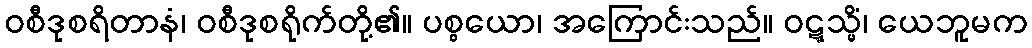
ဝစီဒုစရိတာနံ၊ ဝစီဒုစရိုက်တို့၏။ ပစ္စယော၊ အကြောင်းသည်။ ဝဋ္ဋသ္မိံ၊ ယေဘူမက